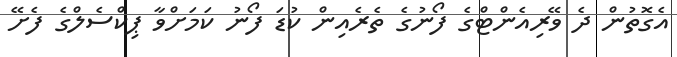
އެގޮތުން ދެ ވޭރިއެންޓްގެ ފޯނުގެ ތެރެއިން ކުޑަ ފޯނު ކަމަށްވާ ޕިކްސެލްގެ ފެށޭ